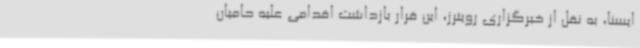
ایسنا، به نقل از خبرگزاری رویترز، این قرار بازداشت اقدامی علیه حامیان